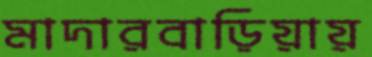
মাদারবাড়িয়ায়